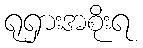
ရုရှားအစိုးရ